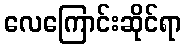
လေကြောင်းဆိုင်ရာ